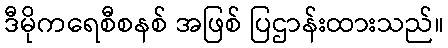
ဒီမိုကရေစီစနစ် အဖြစ် ပြဌာန်းထားသည်။